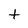
Character: t